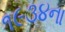
૧૯૩૪ના